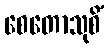
စေတောသုစိံ